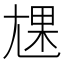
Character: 㞅